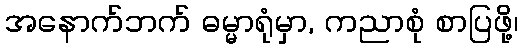
အနောက်ဘက် ဓမ္မာရုံမှာ, ကညာစုံ စာပြဖို့၊